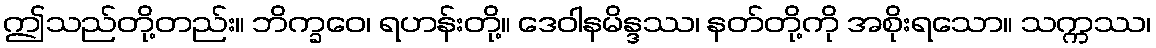
ဤသည်တို့တည်း။ ဘိက္ခဝေ၊ ရဟန်းတို့။ ဒေဝါနမိန္ဒဿ၊ နတ်တို့ကို အစိုးရသော။ သက္ကဿ၊